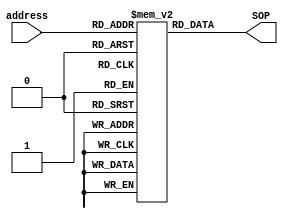
// This program was cloned from: https://github.com/MathBorgess/hardware_studies
// License: MIT License

module LUT (
    input wire [2:0] address,
    output reg [1:0] SOP
);

reg [1:0] data [7:0];

initial begin
data[0] = 2'b11;
data[1] = 2'b11;
data[2] = 2'b10;
data[3] = 2'b00;
data[4] = 2'b01;
data[5] = 2'b01;
data[6] = 2'b10;
data[7] = 2'b01;
end

always @(address)
begin
    SOP = data[address];
  end
endmodule